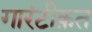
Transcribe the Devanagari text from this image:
गारंटीक़त